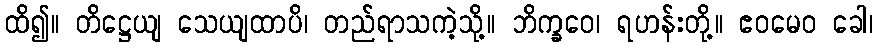
ထိ၍။ တိဋ္ဌေယျ သေယျထာပိ၊ တည်ရာသကဲ့သို့။ ဘိက္ခဝေ၊ ရဟန်းတို့။ ဧဝမေဝ ခေါ၊